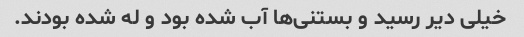
خیلی دیر رسید و بستنی‌ها آب شده بود و له شده بودند.